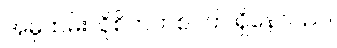
အမှုထမ်းလိုစိတ်တစ်ဝက် ရှိနေသည်။